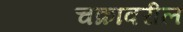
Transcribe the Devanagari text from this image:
चक्रावरील